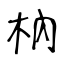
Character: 枘